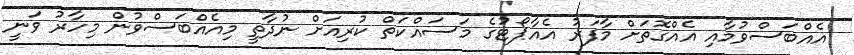
އެއްބަސްވުމާއި އެއްގޮތަށް މާފަރު އެއާޕޯޓުގެ މަސައްކަތް ކުރިއަށް ނުދާތީ މިއެއްބަސްވުން މިހާރު ވަނީ